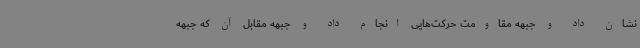
نشان داد و جبهه مقاومت حرکت‌هایی انجام داد و جبهه مقابل آن که جبهه